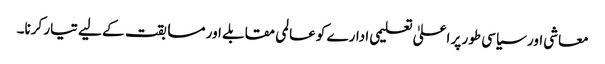
معاشی اور سیاسی طور پر اعلیٰ تعلیمی ادارے کو عالمی مقابلے اور مسابقت کے لیے تیار کرنا۔